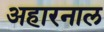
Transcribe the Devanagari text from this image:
अहारनाल